Lunatic asylums Punjab 1895-1910 - 1895-1910
Year: 1895
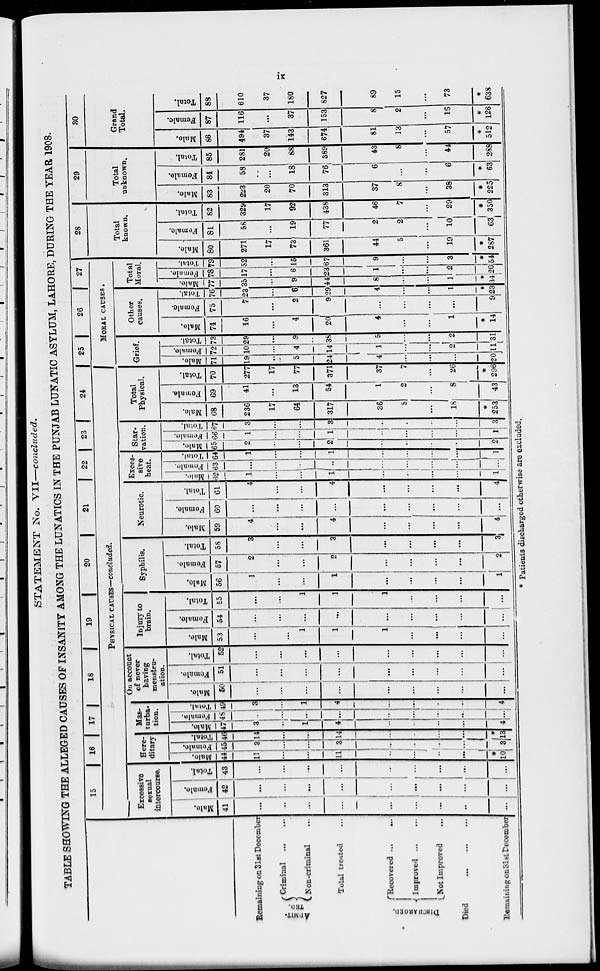
ix
STATEMENT No. VII—concluded.
TABLE SHOWING THE ALLEGED CAUSES OF INSANITY AMONG THE LUNATICS IN THE PUNJAB LUNATIC ASYLUM, LAHORE, DURING THE YEAR 1908.
Remaining on 31st December
ADMIT-
TED.
Criminal
...
...
Non-criminal ...
Total treated ...
DISCHARGE ... ...
Recovered ...
...
Improved
...
...
Not Improved ...
Died
...
...
...
Remaining on 31st December
15
16 17
18
19
20
21
22
23
24
PHYSICAL CAUSES—concluded.
Excessive
sexual
intercourse.
Male.
41
...
...
...
...
...
...
...
...
...
Female.
42
...
...
...
...
...
...
...
...
...
Total.
43
...
...
...
...
...
...
...
...
...
Here-
ditary
Male.
44
11
...
...
11
...
...
...
...
*
10
Female.
45
3
...
...
3
...
...
...
...
3
Total.
46
14
...
...
14
...
...
...
...
*
13
Mas-
turba-
tion.
Male.
47
3
...
1
4
...
...
...
...
4
Female.
48
...
...
...
...
...
....
...
...
...
Total.
49
3
...
1
4
...
...
...
...
4
On account
of never
having
menstru-
ation.
Mal e.
50
...
...
...
...
...
...
...
...
...
Femal e.
51
...
...
...
...
...
...
...
...
...
Total.
52
...
...
...
...
...
...
...
...
...
Injury to
brain.
Male.
53
...
...
1
1
...
...
...
...
...
Female.
54
...
...
...
...
...
...
...
...
...
Total.
55
...
...
1
1
1
...
...
...
...
Syphilis.
Male.
56
1
...
...
1
...
...
...
...
1
Female.
57
2
...
...
2
...
...
...
...
2
Total.
58
3
...
...
3
...
...
...
...
3
Neurotic.
Male.
59
4
...
...
4
...
...
...
...
4
Female.
60
...
...
...
...
...
...
...
...
...
Total.
61
4
...
...
4
...
...
...
...
4
Exces-
sive
heat.
Female.
62
1
...
...
1
...
...
...
...
1
63
...
...
...
...
...
...
...
...
...
Total.
64
1
...
...
1
...
...
...
...
1
Star-
vation.
Male.
65
2
...
...
2
...
...
...
...
2
Female.
66
1
...
...
1
...
...
...
...
1
Total.
67
3
...
...
3
...
...
...
...
3
Total
Physical.
Male.
68
236
17
64
317
36
5
...
18
*
253
Female.
69
41
...
13
54
1
2
...
8
43
Tot al .
70
277
17
77
371
37
7
... ..
26
*
296
25 26
27
MORAL CAUSES.
Grief.
Mal e.
71
19
...
5
24
...
...
...
...
20
Female.
72
10
...
4
14
1
...
...
2
11
Total.
73
29
...
9
38
5
...
...
2
31
Other
causes.
Male.
74
16
...
4
20
4
...
...
1
*
14
Female.
75
7
...
2
9
...
...
...
...
9
Tot al .
76
23
...
6
294
4
1
*
23
Total
Moral.
Mal e.
77
35
...
9
44
8
...
...
1
*
34
Female.
78
17
...
6
23
1
...
...
2
20
Total.
79
52
...
15
67
9
...
...
3
*
54
28
Total
known.
Male.
80
271
17
73
361
44
5
...
19
*
287
Female.
81
58
...
19
77
2
2
10
63
Total.
82
329
17
92
438
46
7
...
29
*350
29
Total
unknown.
Male.
83
223
20
70
313
37
8
...
38
*
225
Female.
84
58
...
18
76
6
...
...
6
*63
Total.
85
281
20
88
389
43
8
...
44
288
30
Grand
Total.
Male.
86
494
37
143
674
81
13
...
57
*
512
Female.
87
116
...
37
153
8
2
...
16
*
126
Total.
88
610
37
180
827
89
15
...
73
*
638
* Patients discharged otherwise are excluded.